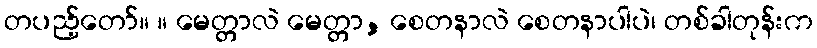
တပည့်တော်။ ။ မေတ္တာလဲ မေတ္တာ, စေတနာလဲ စေတနာပါပဲ၊ တစ်ခါတုန်းက